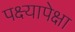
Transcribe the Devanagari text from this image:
पक्ष्यापेक्षा